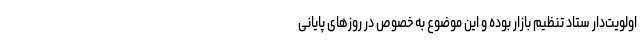
اولویت‌دار ستاد تنظیم بازار بوده و این موضوع به خصوص در روزهای پایانی